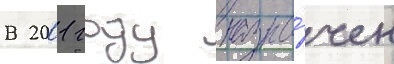
В 2001 году назна́чен